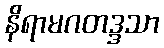
နိရာမဂတဒ္ဒသာ